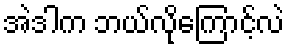
အဲဒါက ဘယ်လိုကြောင့်လဲ